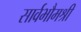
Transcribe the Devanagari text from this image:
सार्वभौमश्री